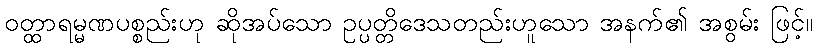
ဝတ္ထာရမ္မဏပစ္စည်းဟု ဆိုအပ်သော ဥပ္ပတ္တိဒေသတည်းဟူသော အနက်၏ အစွမ်း ဖြင့်။